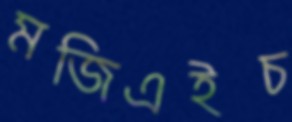
মজিএইচ